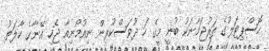
ހޮސްޕިޓަލުގެ ތަރުޖަމާނަކު ބުނީ މީގެ ހަ ދުވަސްކުރިން ނިއުމޯނިއާ ޖެހި އޭނާގެ ހާލަތު